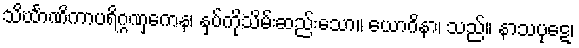
သိင်္ဃာဏိကာပရိဂ္ဂဏှကေန၊ နှပ်ကိုသိမ်းဆည်းသော။ ယောဂိနာ၊ သည်။ နာသပုဋေ၊